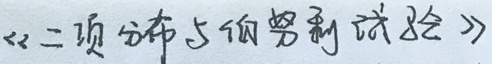
《二项分布与伯努利试验》